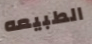
الطبيعه